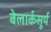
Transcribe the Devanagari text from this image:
बेलार्कसूर्य